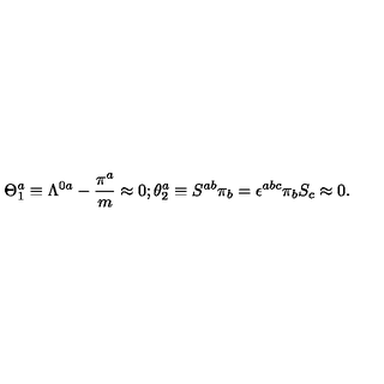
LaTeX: \Theta _ { 1 } ^ { a } \equiv \Lambda ^ { 0 a } - { \frac { \pi ^ { a } } { m } } \approx 0 ; \theta _ { 2 } ^ { a } \equiv S ^ { a b } \pi _ { b } = \epsilon ^ { a b c } \pi _ { b } S _ { c } \approx 0 .